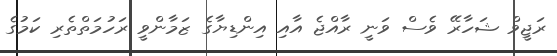
ރަޖީވް ޝަހާރޭ ވެސް ވަނީ ރާއްޖެ އާއި އިންޑިޔާގެ ޒަމާންވީ ރަހުމަތްތެރި ކަމުގެ